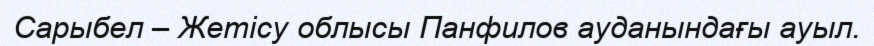
Сарыбел – Жетісу облысы Панфилов ауданындағы ауыл.